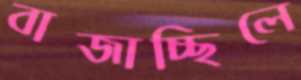
বাজাচ্ছিলে